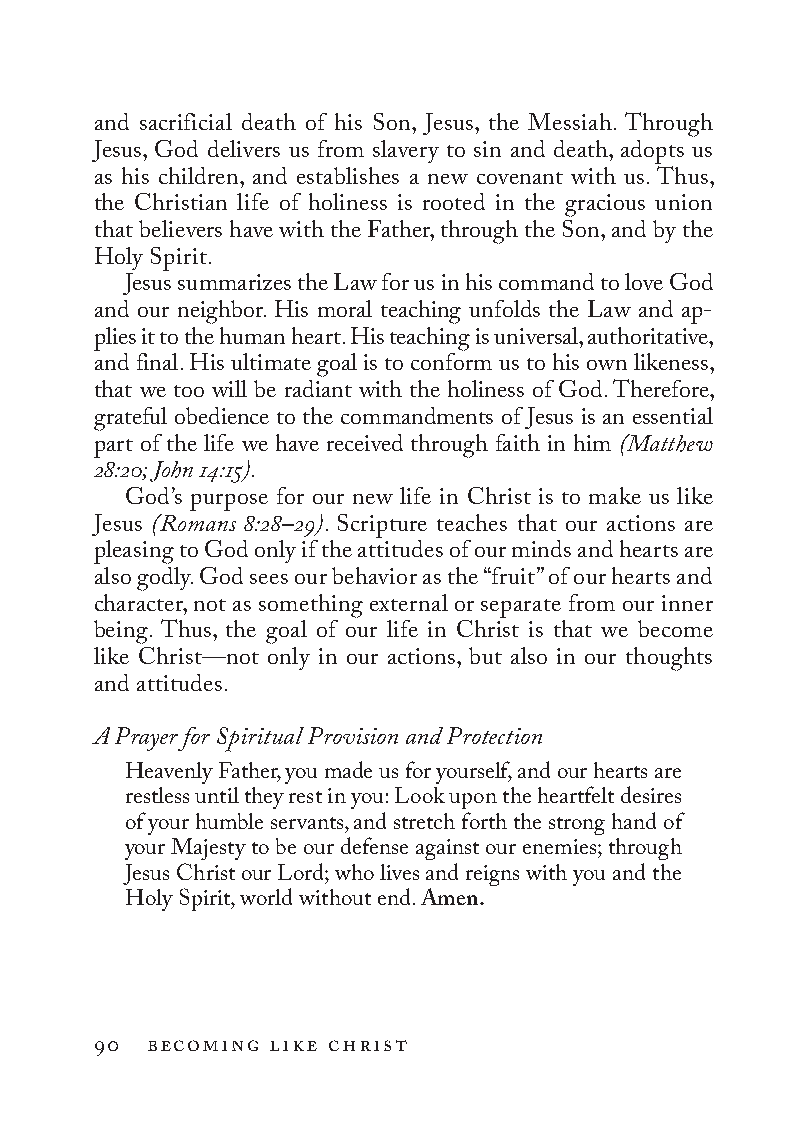
and sacrificial death of his Son, Jesus, the Messiah. Through
 Jesus, God delivers us from slavery to sin and death, adopts us
 as his children, and establishes a new cove nant with us. Thus,
 the Christian life of holiness is rooted in the gracious union
 that believers have with the Father, through the Son, and by the
 Holy Spirit.
 Jesus summarizes the Law for us in his command to love God
 and our neighbor. His moral teaching unfolds the Law and ap-
 plies it to the human heart. His teaching is universal, authoritative,
 and final. His ultimate goal is to conform us to his own likeness,
 that we too will be radiant with the holiness of God. Therefore,
 grateful obedience to the commandments of Jesus is an essential
 part of the life we have received through faith in him (Matthew
 28:20; John 14:15).
 God’s purpose for our new life in Christ is to make us like
 Jesus (Romans 8:28–29). Scripture teaches that our actions are
 pleasing to God only if the attitudes of our minds and hearts are
 also godly. God sees our behavior as the “fruit” of our hearts and
 character, not as something external or separate from our inner
 being. Thus, the goal of our life in Christ is that we become
 like Christ—not only in our actions, but also in our thoughts
 and attitudes.
 A Prayer for Spiritual Provision and Protection
 Heavenly Father, you made us for yourself, and our hearts are
 restless until they rest in you: Look upon the heartfelt desires
 of your humble servants, and stretch forth the strong hand of
 your Majesty to be our defense against our enemies; through
 Jesus Christ our Lord; who lives and reigns with you and the
 Holy Spirit, world without end. Amen.
 90 becoming like christ
 To be a Christian.566776.int.indd 90        11/13/19 1:31 PM